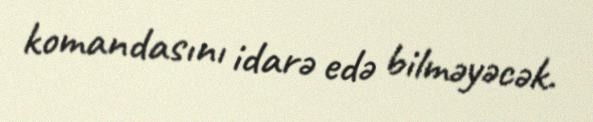
komandasını idarə edə bilməyəcək.